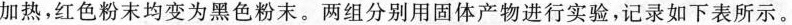
加热，红色粉末均变为黑色粉末。两组分别用固体产物进行实验，记录如下表所示。